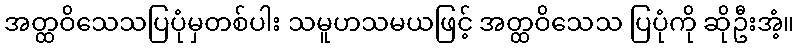
အတ္ထဝိသေသပြပုံမှတစ်ပါး သမူဟသမယဖြင့် အတ္ထဝိသေသ ပြပုံကို ဆိုဦးအံ့။